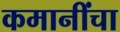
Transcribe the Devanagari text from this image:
कमानींचा